Annual administration and progress report of the Indian Medical Department, Bombay
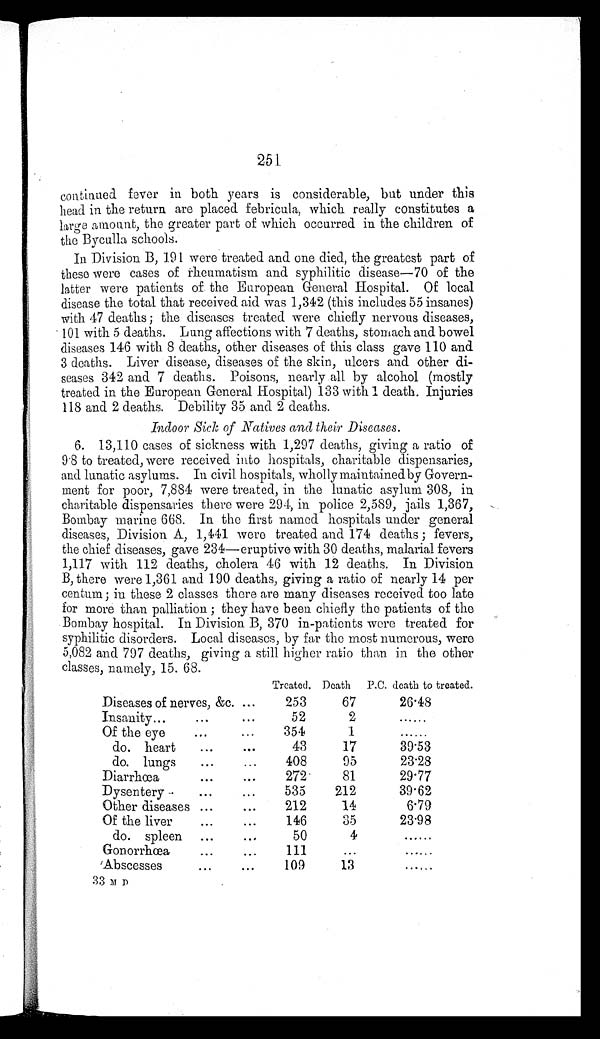
251
continued fever in both years is considerable, but under this
head in the return are placed febricula, which really constitutes a
large amount, the greater part of which occurred in the children of
the Byculla schools.
In Division B, 191 were treated and one died, the greatest part of
these were cases of rheumatism and syphilitic disease—70 of the
latter were patients of the European General Hospital. Of local
disease the total that received aid was 1,342 (this includes 55 insanes)
with 47 deaths; the diseases treated were chiefly nervous diseases,
101 with 5 deaths. Lung affections with 7 deaths, stomach and bowel
diseases 146 with 8 deaths, other diseases of this class gave 110 and
3 deaths. Liver disease, diseases of the skin, ulcers and other di--
seases 342 and 7 deaths. Poisons, nearly all by alcohol (mostly
treated in the European General Hospital) 133 with 1 death. Injuries
118 and 2 deaths. Debility 35 and 2 deaths.
Indoor Sick of Natives and their Diseases.
6. 13,110 cases of sickness with 1,297 deaths, giving a ratio of
9.8 to treated, were received into hospitals, charitable dispensaries,
and lunatic asylums. In civil hospitals, wholly maintained by Govern-
ment for poor, 7,884 were treated, in the lunatic asylum 308, in
charitable dispensaries there were 294, in police 2,589, jails 1,367,
Bombay marine 668. In the first named hospitals under general
diseases, Division A, 1,441 were treated and 174 deaths; fevers,
the chief diseases, gave 234—eruptive with 30 deaths, malarial fevers
1,117 with 112 deaths, cholera 46 with 12 deaths. In Division
B, there were 1,361 and 190 deaths, giving a ratio of nearly 14 per
centum; in these 2 classes there are many diseases received too late
for more than palliation; they have been chiefly the patients of the
Bombay hospital. In Division B, 370 in-patients were treated for
syphilitic disorders. Local diseases, by far the most numerous, were
5,082 and 797 deaths, giving a still higher ratio than in the other
classes, namely, 15.68.
Treated. Death P.C. death to treated.
Diseases of nerves, &c. . .
253
67
26.48
Insanity . . .
52
2
. . .
Of the eye . . .
354
1
. . .
do. heart . . .
43
17
39.53
do. lungs . . .
408
95
23.28
Diarrhœa . . .
272
81
29.77
Dysentery . . .
535
212
39.62
Other diseases . . .
212
14
6.79
Of the liver . . .
146
35
23.98
do. spleen . . .
50
4
. . .
Gonorrhœa . . .
111
. . .
. . .
Abscesses . . .
109
13
. . .
33 M D